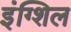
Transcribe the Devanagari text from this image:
इंग्शिल